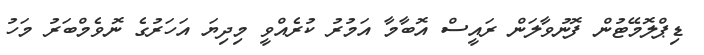
ޑިޕްލޮމޭޓުން ފޮނުވާލަން ރައީސް އޮބާމާ އަމުރު ކުރެއްވީ މިދިޔަ އަހަރުގެ ނޮވެމްބަރު މަހު